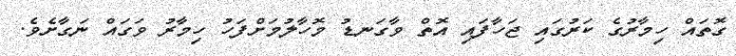
ގޮތައް ހިމާރުގެ ކަރުގައި ޖަހާފައި އޮތް ވާގަނޑު މޮހާލުމަށްފަހު ހިމާރު ވަގައް ނަގާށެވެ.